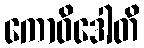
ကောဝိဒေါတိ